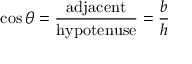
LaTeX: \cos \theta = { \frac { \mathrm { a d j a c e n t } } { \mathrm { h y p o t e n u s e } } } = { \frac { b } { h } }